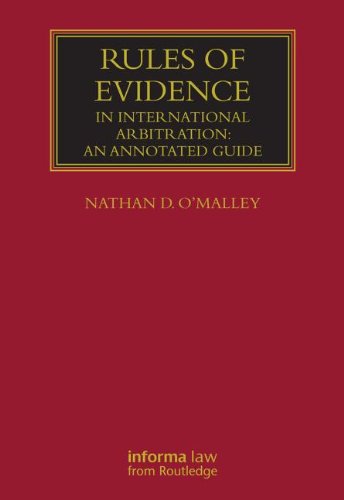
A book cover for Rules of Evidence in International Arbitration: An Annotated Guide (Lloyd's Commercial Law Library); Nathan D O'Malley; Law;